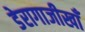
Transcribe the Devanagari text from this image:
डेरागाजीखाँ